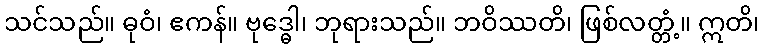
သင်သည်။ ဓုဝံ၊ ဧကန်။ ဗုဒ္ဓေါ၊ ဘုရားသည်။ ဘဝိဿတိ၊ ဖြစ်လတ္တံ့။ ဣတိ၊